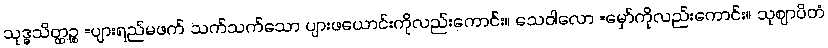
သုဒ္ဓသိတ္ထဉ္စ =ပျားရည်မဖက် သက်သက်သော ပျားဖယောင်းကိုလည်းကောင်း။ သေဝါလော =မှော်ကိုလည်းကောင်း။ သုဈာပိတံ